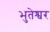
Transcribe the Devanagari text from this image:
भुतेश्वर